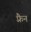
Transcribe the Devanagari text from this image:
फ़्रैन